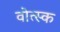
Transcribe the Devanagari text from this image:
वोत्स्क